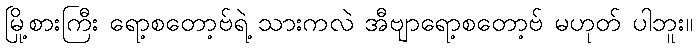
မြို့စားကြီး ရော့စတော့ဗ်ရဲ့ သားကလဲ အီဗျာရော့စတော့ဗ် မဟုတ် ပါဘူး။